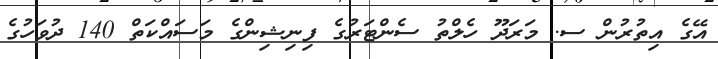
އޭގެ އިތުރުން ސ. މަރަދޫ ހެލްތު ސެންޓަރުގެ ފިނިޝިންގެ މަސައްކަތް 140 ދުވަހުގެ